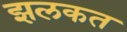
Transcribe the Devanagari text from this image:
झलकत